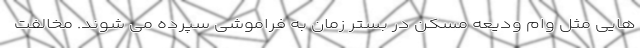
هایی مثل وام ودیعه مسکن در بستر زمان به فراموشی سپرده می شوند. مخالفت